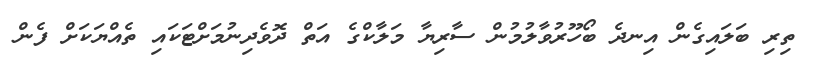
ތިރި ބަލައިގެން އިނދެ ބޯހޫރުވާލުމުން ސާރިޔާ މަލާކްގެ އަތް ދޮވެދިނުމަށްޓަކައި ތެއްޔަކަށް ފެން